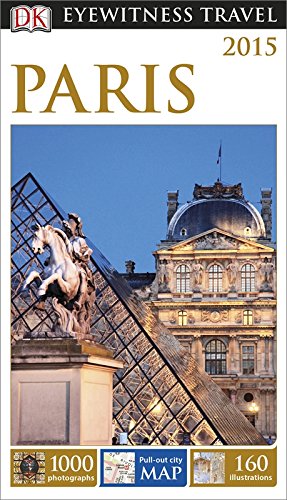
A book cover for DK Eyewitness Travel Guide: Paris; DK Publishing; Travel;